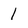
Character: 1